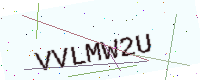
Text: VVLMW2U